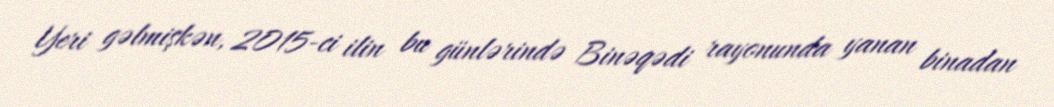
Yeri gəlmişkən, 2015-ci ilin bu günlərində Binəqədi rayonunda yanan binadan